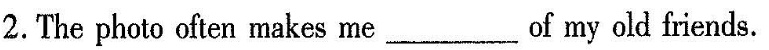
2.The photo often makes me ___ of my old friends.